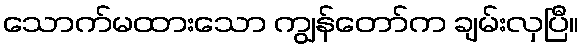
သောက်မထားသော ကျွန်တော်က ချမ်းလှပြီ။